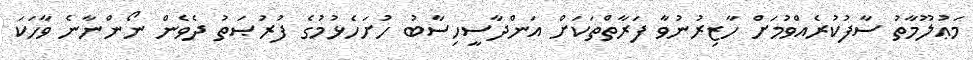
މަޢުލޫމާތު ސާފުކުރެއްވުމަށް ހާޒިރުނުވާ ފަރާތްތަކަށް އަންދާސީހިސާބު ހުށަހެޅުމުގެ ފުރުޞަތު ދެވެން ނޯންނާނެ ވާހަކަ